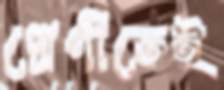
শ্রেণীতেই